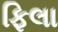
ફિલા